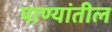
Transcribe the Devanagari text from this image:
पाण्यांतील